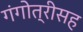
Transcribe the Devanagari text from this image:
गंगोत्रीसह